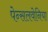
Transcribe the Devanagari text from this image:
पेन्सलवेनिया